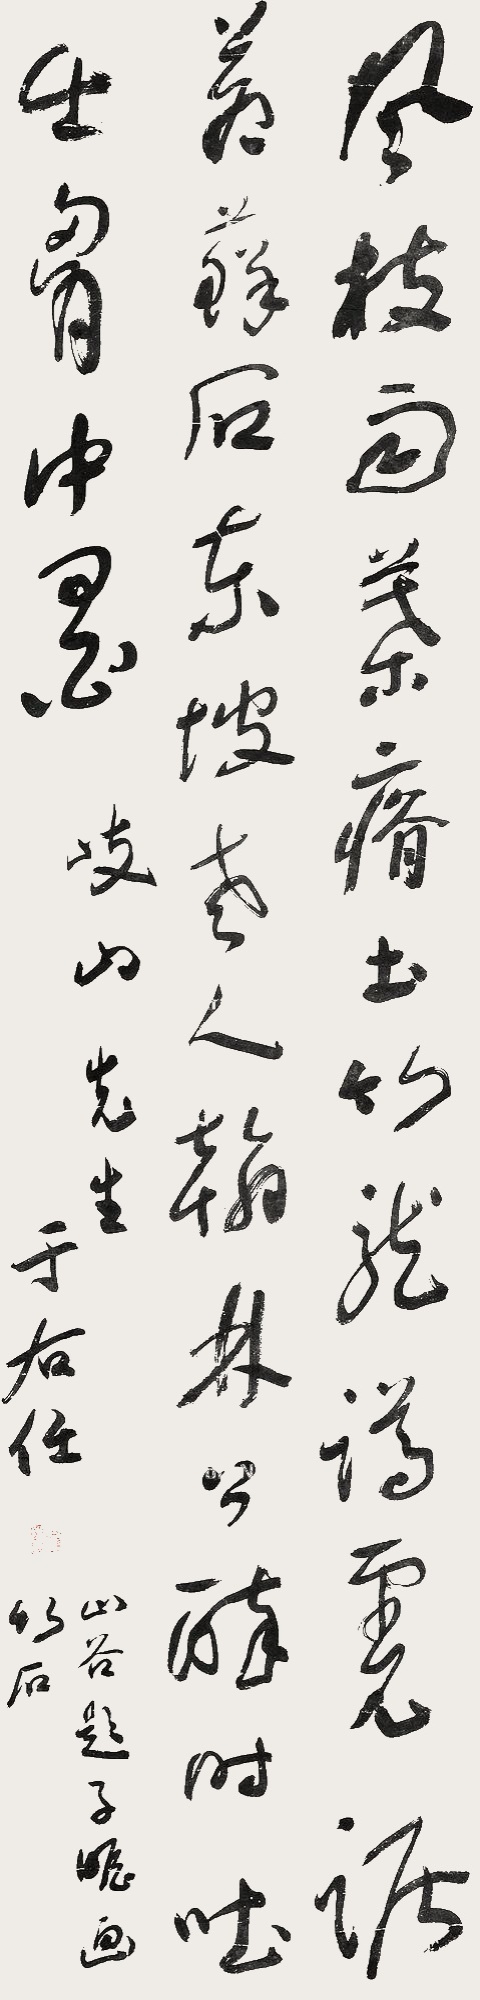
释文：风枝雨叶瘠土竹，龙蹲虎踞苍藓石。东坡老人翰林公，醉时吐出胸中墨。岐山先生，于右任。